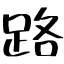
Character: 路